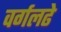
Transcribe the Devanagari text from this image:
वर्गलढे